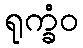
ရုက္ခံဝ